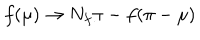
LaTeX: f ( \mu ) \to N _ { f } \pi - f ( \pi - \mu )